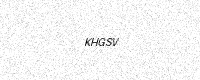
Text: KHGSV